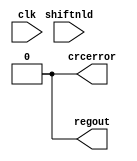
module  stratixiii_crcblock (
    clk,
    shiftnld,
    crcerror,
    regout);
input clk;
input shiftnld;
output crcerror;
output regout;
assign crcerror = 1'b0;
assign regout = 1'b0;
parameter oscillator_divider = 1;
parameter lpm_type = "stratixiii_crcblock";
parameter crc_deld_disable = "off";
parameter error_delay =  0 ;
parameter error_dra_dl_bypass = "off";
endmodule